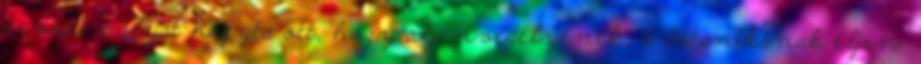
orvosi pályát hagyta ott, hogy szenvedélyének, a botanikának éljen.